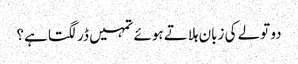
دو تولے کی زبان ہلاتے ہوئے تمہیں ڈر لگتا ہے؟